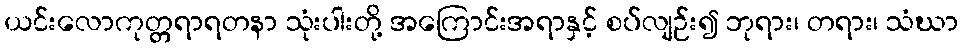
ယင်းလောကုတ္တရာရတနာ သုံးပါးတို့ အကြောင်းအရာနှင့် စပ်လျဉ်း၍ ဘုရား၊ တရား၊ သံဃာ